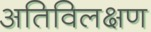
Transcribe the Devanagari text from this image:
अतिविलक्षण